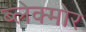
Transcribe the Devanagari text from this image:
ब्लेक्मोर